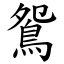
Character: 鴛